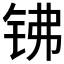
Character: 𰽱